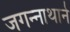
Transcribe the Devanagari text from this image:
जगन्‍नाथाने